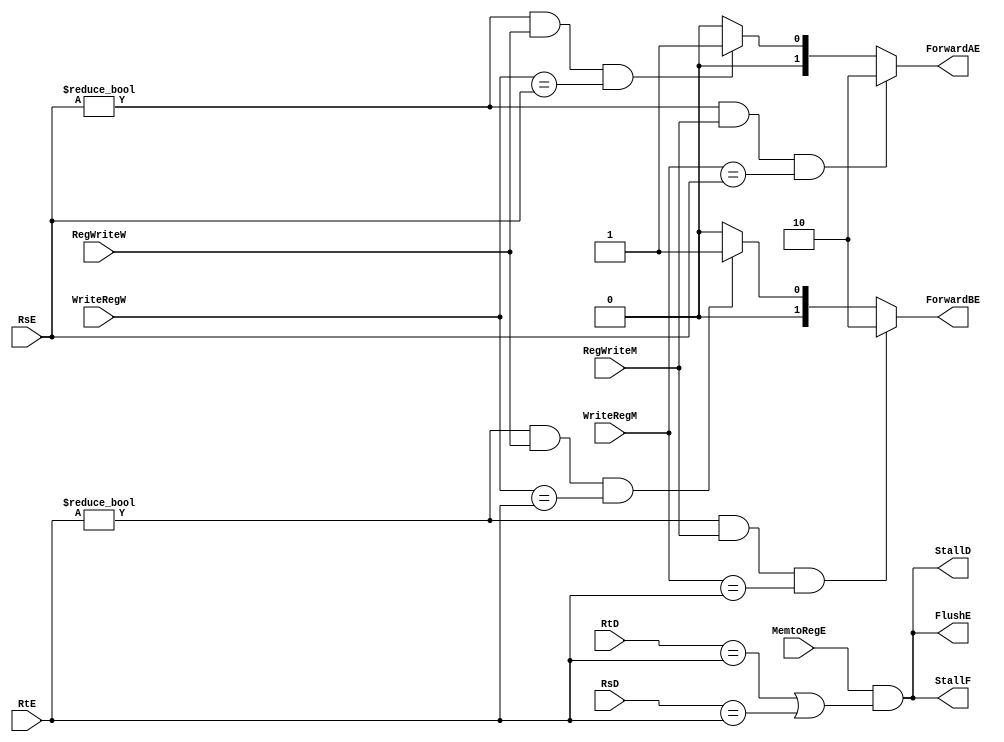
`timescale 1ns / 1ps
//////////////////////////////////////////////////////////////////////////////////
// Company: 
// Engineer: 
// 
// Design Name: 
// Module Name:    hazard_unit 
// Project Name: 
// Target Devices: 
// Tool versions: 
// Description: 
//
// Dependencies: 
//
// Revision: 
// Revision 0.01 - File Created
// Additional Comments: 
//
//////////////////////////////////////////////////////////////////////////////////
module Hazard_Unit(RsD,RtD,RsE,RtE,MemtoRegE,WriteRegM,RegWriteM,WriteRegW,RegWriteW,StallF,StallD,FlushE,ForwardAE,ForwardBE);
input [4:0] RsD;
input [4:0] RtD;
input [4:0] RsE;
input [4:0] RtE;
input MemtoRegE;
input [4:0] WriteRegM;
input RegWriteM;
input [4:0] WriteRegW;
input RegWriteW;
output StallF;
output StallD;
output FlushE;
output [1:0] ForwardAE;
output [1:0] ForwardBE;
assign StallF = (MemtoRegE && ((RtD == RtE) || (RsD == RtE)));
assign StallD = (MemtoRegE && ((RtD == RtE) || (RsD == RtE)));
assign FlushE = (MemtoRegE && ((RtD == RtE) || (RsD == RtE)));
assign ForwardAE = (((RsE != 0) && RegWriteM && (WriteRegM== RsE)) ? 2'b10 : (((RsE != 0) && RegWriteW && (WriteRegW == RsE)) ? 2'b01 : 2'b00));
assign ForwardBE = (((RtE != 0) && RegWriteM && (WriteRegM== RtE)) ? 2'b10 : (((RtE != 0) && RegWriteW && (WriteRegW == RtE)) ? 2'b01 : 2'b00));
endmodule